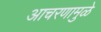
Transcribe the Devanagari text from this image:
आचरणामुळे